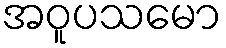
အဝူပသမော